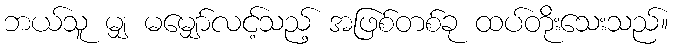
ဘယ်သူ မျှ မမျှော်လင့်သည့် အဖြစ်တစ်ခု ထပ်တိုးသေးသည်။